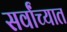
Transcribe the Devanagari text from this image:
सर्वांच्यात